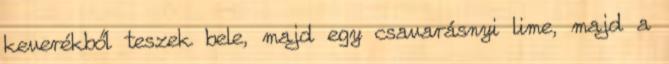
keverékből teszek bele, majd egy csavarásnyi lime, majd a